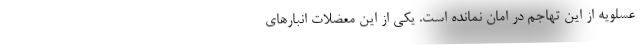
عسلویه از این تهاجم در امان نمانده است. یکی از این معضلات انبارهای